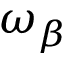
\omega _ { \beta }